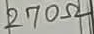
Text: 270Ω